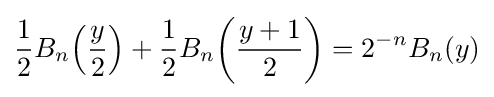
{\frac {1}{2}}B_{n}\!\left({\frac {y}{2}}\right)+{\frac {1}{2}}B_{n}\!\left({\frac {y+1}{2}}\right)=2^{-n}B_{n}(y)